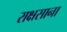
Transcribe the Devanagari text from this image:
राक्षसाना